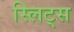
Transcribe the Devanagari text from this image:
स्लिट्स